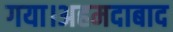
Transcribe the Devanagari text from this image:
गया।अहमदाबाद